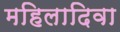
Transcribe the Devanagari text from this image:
महिलादिवा